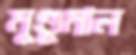
মুণ্ডুমাল